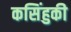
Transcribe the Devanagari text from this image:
कसिंहुकी